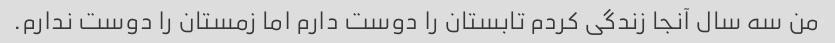
من سه سال آنجا زندگی کردم تابستان را دوست دارم اما زمستان را دوست ندارم.